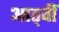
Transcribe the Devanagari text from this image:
आठ्वीं